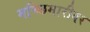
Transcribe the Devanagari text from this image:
मच्छिमारीवर